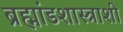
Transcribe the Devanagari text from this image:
ब्रह्मांडशास्त्राशी